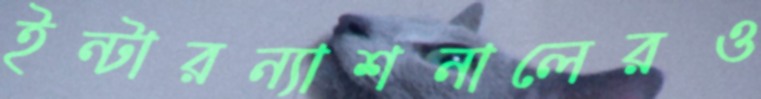
ইন্টারন্যাশনালেরও